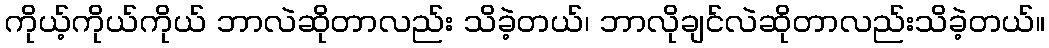
ကိုယ့်ကိုယ်ကိုယ် ဘာလဲဆိုတာလည်း သိခဲ့တယ်၊ ဘာလိုချင်လဲဆိုတာလည်းသိခဲ့တယ်။